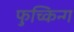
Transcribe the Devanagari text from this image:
फुच्किन्ग